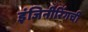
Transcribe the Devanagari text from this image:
इंजिनीरिंगची